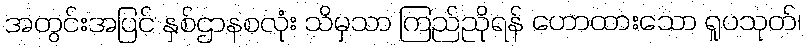
အတွင်းအပြင် နှစ်ဌာနစလုံး သိမှသာ ကြည်ညိုရန် ဟောထားသော ရူပသုတ်၊